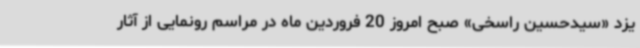
یزد «سیدحسین راسخی» صبح امروز 20 فروردین ماه در مراسم رونمایی از آثار